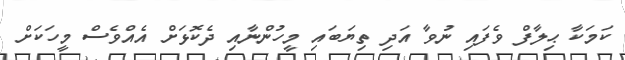
ކަމަކާ ޙިލާފް ވެފައި ނުވާ އަދި ތިޔަބައި މީހުންނާއި ދެކޮޅަށް އެއްވެސް މީހަކަށް